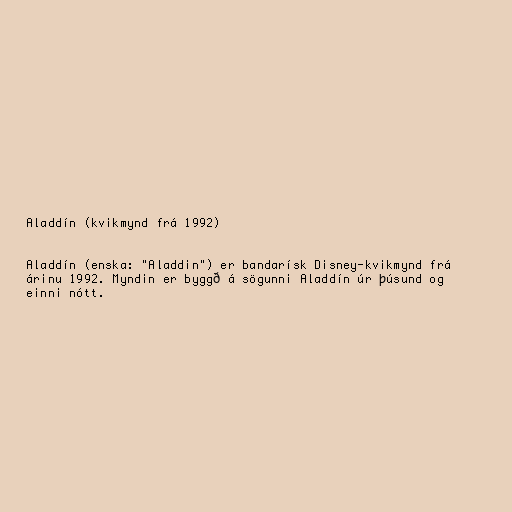
Aladdín (kvikmynd frá 1992)

Aladdín (enska: "Aladdin") er bandarísk Disney-kvikmynd frá
árinu 1992. Myndin er byggð á sögunni Aladdín úr þúsund og
einni nótt.